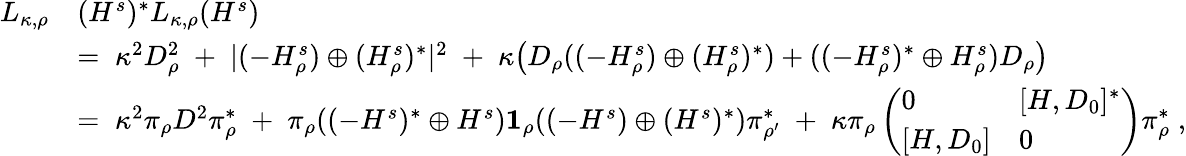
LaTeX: \begin{array}{rl}{L_{\kappa,\rho}}&{(H^{s})^{*}L_{\kappa,\rho}(H^{s})}\\ &{=\; \kappa^{2}D_{\rho}^{2}\; +\; |(-H_{\rho}^{s})\oplus(H_{\rho}^{s})^{*}|^{2}\; +\; \kappa\big(D_{\rho}((-H_{\rho}^{s})\oplus(H_{\rho}^{s})^{*})+((-H_{\rho}^{s})^{*}\oplus H_{\rho}^{s})D_{\rho}\big)}\\ &{=\; \kappa^{2}\pi_{\rho}D^{2}\pi_{\rho}^{*}\; +\; \pi_{\rho}((-H^{s})^{*}\oplus H^{s}){\mathbf 1}_{\rho}((-H^{s})\oplus(H^{s})^{*})\pi_{\rho^{\prime}}^{*}\; +\; \kappa\pi_{\rho}\left(\begin{array}{ll}{0}&{[H,D_{0}]^{*}}\\ {[H,D_{0}]}&{0}\end{array}\right)\pi_{\rho}^{*}\; ,}\end{array}